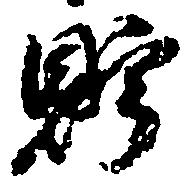
貯